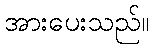
အားပေးသည်။